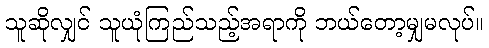
သူဆိုလျှင် သူယုံကြည်သည့်အရာကို ဘယ်တော့မျှမလုပ်။